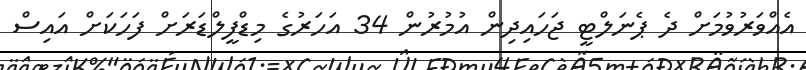
އެއްވަރުވުމަށް ދެ ޕެނަލްޓީ ޖަހައިދިން އުމުރުން 34 އަހަރުގެ މިޑްފީލްޑަރަށް ފަހަކަށް އައިސް